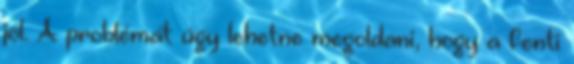
jól. A problémát úgy lehetne megoldani, hogy a fenti